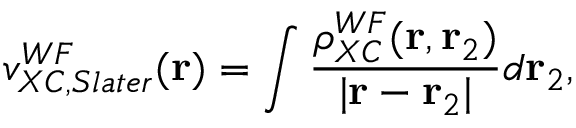
v _ { X C , S l a t e r } ^ { W F } ( \mathbf { r } ) = \int \frac { \rho _ { X C } ^ { W F } ( \mathbf { r } , \mathbf { r } _ { 2 } ) } { | \mathbf { r } - \mathbf { r } _ { 2 } | } d \mathbf { r } _ { 2 } ,